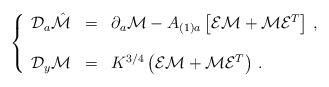
LaTeX: \begin{align*}\left\{\begin{array}{rcl}{\cal D}_{a}\hat{\cal M} & = & \partial_{a}{\cal M} -A_{(1)a}\left[ {\cal E}{\cal M} +{\cal M}{\cal E}^{T}\right]\, , \\& & \\{\cal D}_{y}{\cal M} & = & K^{3/4}\left( {\cal E}{\cal M} +{\cal M}{\cal E}^{T}\right)\, . \\\end{array}\right.\end{align*}